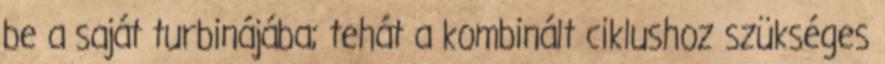
be a saját turbinájába; tehát a kombinált ciklushoz szükséges